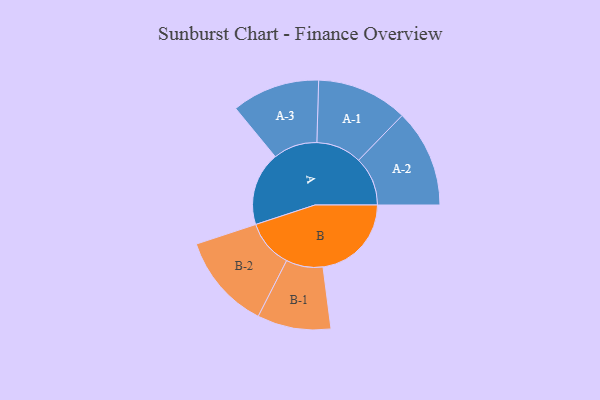
{"axis": {"x": "Segment", "y": "Value"}, "legend": ["", "A", "B"], "data": [{"x": "A", "y": 338, "type": ""}, {"x": "B", "y": 406, "type": ""}, {"x": "A-1", "y": 209, "type": "A"}, {"x": "A-2", "y": 225, "type": "A"}, {"x": "A-3", "y": 202, "type": "A"}, {"x": "B-1", "y": 169, "type": "B"}, {"x": "B-2", "y": 220, "type": "B"}]}